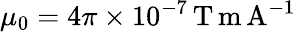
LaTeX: \mu_{0}=4\pi\times 10^{-7}\, \mathrm{T}\, \mathrm{m}\, \mathrm{A}^{-1}